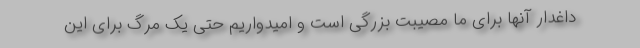
داغدار آنها برای ما مصیبت بزرگی است و امیدواریم حتی یک مرگ برای این